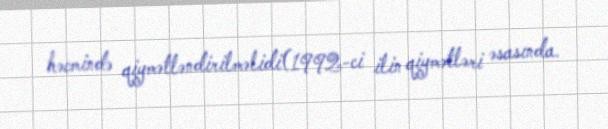
həcmində qiymətləndirilməlidi(1992-ci ilin qiymətləri əsasında.